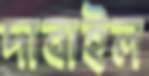
দাবাইল